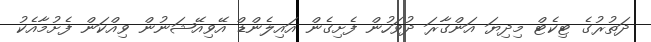
ދަތުރުގެ ޓިކެޓް މިދިޔަ އަންގާރަ ދުވަހުން ފެށިގެން އައިލެންޑް އޭވިއޭޝަނުން ވިއްކަން ފެށުމާއެކު